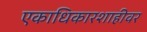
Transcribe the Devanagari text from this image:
एकाधिकारशाहीवर